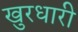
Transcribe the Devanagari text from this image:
खुरधारी